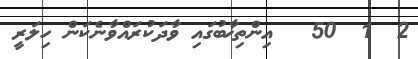
2  1  50   އިންތިޚާބުގައި ވާދަކުރައްވާނެކަން ހިލަރީ